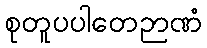
စုတူပပါတေဉာဏံ